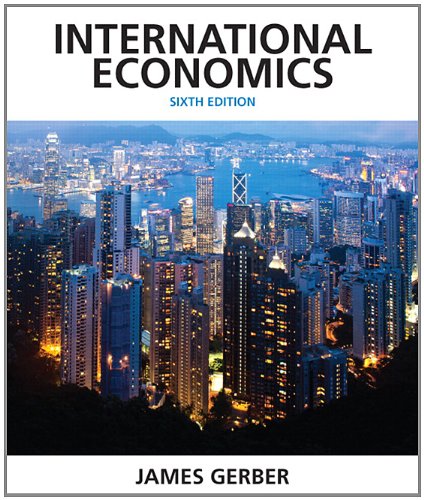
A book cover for International Economics (6th Edition) (Pearson Economics); James Gerber; Business & Money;